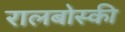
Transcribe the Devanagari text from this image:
रालबोस्की